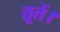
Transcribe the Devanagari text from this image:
तूतें।